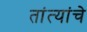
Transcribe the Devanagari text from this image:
तांत्यांचे